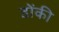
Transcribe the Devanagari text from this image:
डोंकी